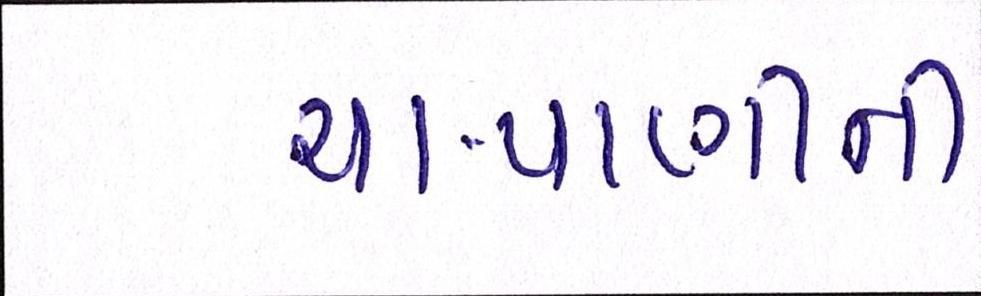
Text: ચા-પાણીની